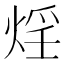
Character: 𭵂